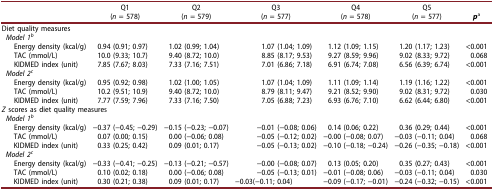
<table><thead><tr><td><b> </b></td><td><b>Q1(<i>n</i> = 578)</b></td><td><b>Q2(<i>n</i> = 579)</b></td><td><b>Q3(<i>n</i> = 577)</b></td><td><b>Q4(<i>n</i> = 578)</b></td><td><b>Q5(<i>n</i> = 577)</b></td><td><b><i>p</i><sup>a</sup></b></td></tr></thead><tbody><tr><td colspan="7">Diet quality measures</td></tr><tr><td><i>Model 1<sup>b</sup></i></td><td> </td><td> </td><td> </td><td> </td><td> </td><td> </td></tr><tr><td> Energy density (kcal/g)</td><td>0.94 (0.91; 0.97)</td><td>1.02 (0.99; 1.04)</td><td>1.07 (1.04; 1.09)</td><td>1.12 (1.09; 1.15)</td><td>1.20 (1.17; 1.23)</td><td>&lt;0.001</td></tr><tr><td> TAC (mmol/L)</td><td>10.0 (9.33; 10.7)</td><td>9.40 (8.72; 10.0)</td><td>8.85 (8.17; 9.53)</td><td>9.27 (8.59; 9.96)</td><td>9.02 (8.33; 9.72)</td><td>0.068</td></tr><tr><td> KIDMED index (unit)</td><td>7.85 (7.67; 8.03)</td><td>7.33 (7.16; 7.51)</td><td>7.01 (6.86; 7.18)</td><td>6.91 (6.74; 7.08)</td><td>6.56 (6.39; 6.74)</td><td>&lt;0.001</td></tr><tr><td><i>Model 2<sup>c</sup></i></td><td> </td><td> </td><td> </td><td> </td><td> </td><td> </td></tr><tr><td> Energy density (kcal/g)</td><td>0.95 (0.92; 0.98)</td><td>1.02 (1.00; 1.05)</td><td>1.07 (1.04; 1.09)</td><td>1.11 (1.09; 1.14)</td><td>1.19 (1.16; 1.22)</td><td>&lt;0.001</td></tr><tr><td> TAC (mmol/L)</td><td>10.2 (9.51; 10.9)</td><td>9.40 (8.72; 10.0)</td><td>8.79 (8.11; 9.47)</td><td>9.21 (8.52; 9.90)</td><td>9.02 (8.31; 9.72)</td><td>0.030</td></tr><tr><td> KIDMED index (unit)</td><td>7.77 (7.59; 7.96)</td><td>7.33 (7.16; 7.50)</td><td>7.05 (6.88; 7.23)</td><td>6.93 (6.76; 7.10)</td><td>6.62 (6.44; 6.80)</td><td>&lt;0.001</td></tr><tr><td colspan="7"><i>Z </i>scores as diet quality measures</td></tr><tr><td><i>Model 1<sup>b</sup></i></td><td> </td><td> </td><td> </td><td> </td><td> </td><td> </td></tr><tr><td> Energy density (kcal/g)</td><td>−0.37 (−0.45; −0.29)</td><td>−0.15 (−0.23; −0.07)</td><td>−0.01 (−0.08; 0.06)</td><td>0.14 (0.06; 0.22)</td><td>0.36 (0.29; 0.44)</td><td>&lt;0.001</td></tr><tr><td> TAC (mmol/L)</td><td>0.07 (0.00; 0.15)</td><td>0.00 (−0.06; 0.08)</td><td>−0.05 (−0.12; 0.02)</td><td>−0.00 (−0.08; 0.07)</td><td>−0.03 (−0.11; 0.04)</td><td>0.068</td></tr><tr><td> KIDMED index (unit)</td><td>0.33 (0.25; 0.42)</td><td>0.09 (0.01; 0.17)</td><td>−0.05 (−0.13; 0.02)</td><td>−0.10 (−0.18; −0.24)</td><td>−0.26 (−0.35; −0.18)</td><td>&lt;0.001</td></tr><tr><td><i>Model 2<sup>c</sup></i></td><td> </td><td> </td><td> </td><td> </td><td> </td><td> </td></tr><tr><td> Energy density (kcal/g)</td><td>−0.33 (−0.41; −0.25)</td><td>−0.13 (−0.21; −0.57)</td><td>−0.00 (−0.08; 0.07)</td><td>0.13 (0.05; 0.20)</td><td>0.35 (0.27; 0.43)</td><td>&lt;0.001</td></tr><tr><td> TAC (mmol/L)</td><td>0.10 (0.02; 0.18)</td><td>0.00 (−0.06; 0.08)</td><td>−0.05 (−0.13; 0.01)</td><td>−0.01 (−0.08; 0.06)</td><td>−0.03 (−0.11; 0.04)</td><td>0.030</td></tr><tr><td> KIDMED index (unit)</td><td>0.30 (0.21; 0.38)</td><td>0.09 (0.01; 0.17)</td><td>−0.03(−0.11; 0.04)</td><td>−0.09 (−0.17; −0.01)</td><td>−0.24 (−0.32; −0.15)</td><td>&lt;0.001</td></tr></tbody></table>